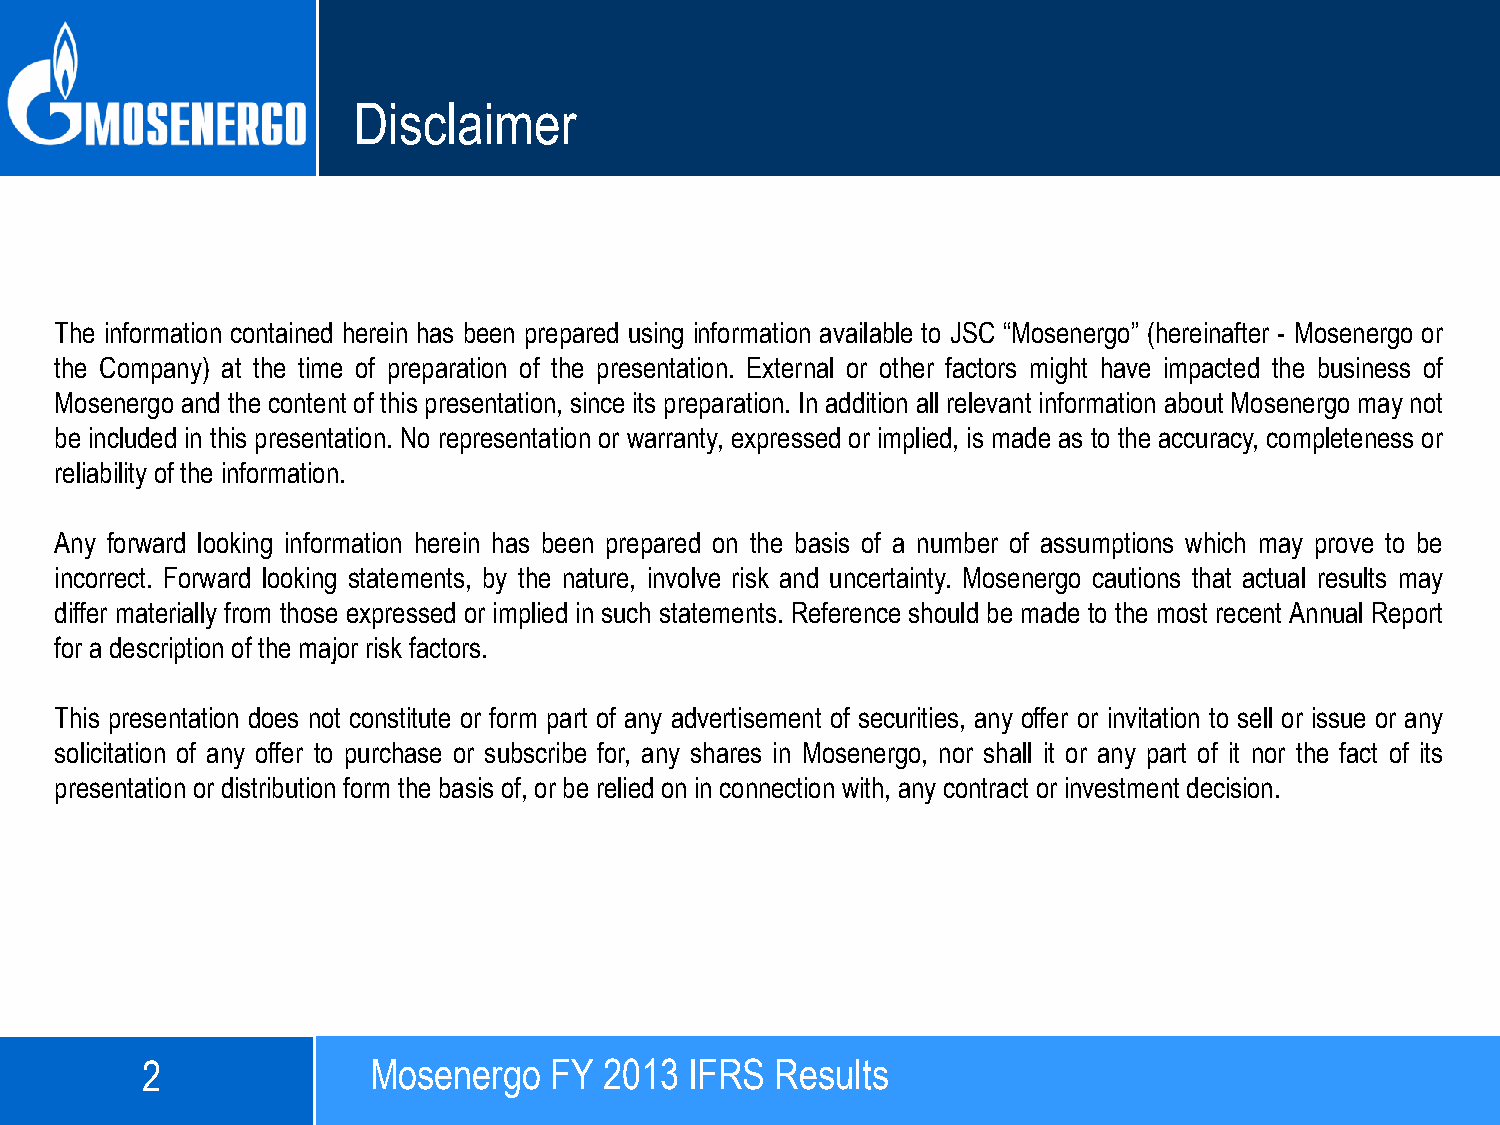
Disclaimer
 The information contained herein has been prepared using information available to JSC “Mosenergo” (hereinafter - Mosenergo or
 the Company) at the time of preparation of the presentation. External or other factors might have impacted the business of
 Mosenergo and the content of this presentation, since its preparation. In addition all relevant information about Mosenergo may not
 be included in this presentation. No representation or warranty, expressed or implied, is made as to the accuracy, completeness or
 reliability of the information.
 Any forward looking information herein has been prepared on the basis of a number of assumptions which may prove to be
 incorrect. Forward looking statements, by the nature, involve risk and uncertainty. Mosenergo cautions that actual results may
 differ materially from those expressed or implied in such statements. Reference should be made to the most recent Annual Report
 for a description of the major risk factors.
 This presentation does not constitute or form part of any advertisement of securities, any offer or invitation to sell or issue or any
 solicitation of any offer to purchase or subscribe for, any shares in Mosenergo, nor shall it or any part of it nor the fact of its
 presentation or distribution form the basis of, or be relied on in connection with, any contract or investment decision.
 2              MMoosseenneerrggoo F6YM 22001133 IIFFRRSS RReessuullttss
 December 3, 2012                  OGK-2  9M2012   IFRS  Results